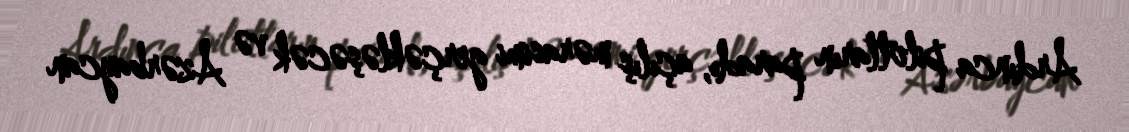
Ardınca pilotların paradı, açılış mərasimi gerçəkləşəcək və Azərbaycan